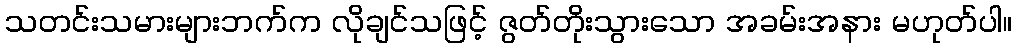
သတင်းသမားများဘက်က လိုချင်သဖြင့် ဇွတ်တိုးသွားသော အခမ်းအနား မဟုတ်ပါ။